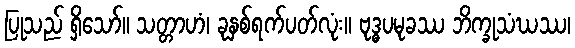
ပြုသည် ရှိသော်။ သတ္တာဟံ၊ ခုနှစ်ရက်ပတ်လုံး။ ဗုဒ္ဓပမုခဿ ဘိက္ခုသံဃဿ၊